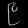
Digit: ၉